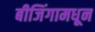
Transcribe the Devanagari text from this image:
बीजिंगामधून